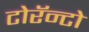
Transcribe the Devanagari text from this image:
टोरॅन्टो